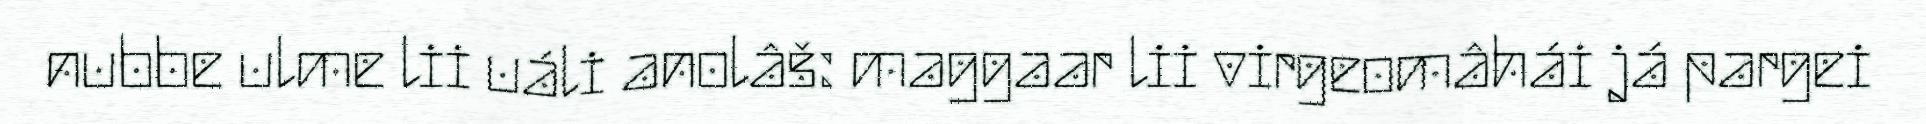
nubbe ulme lii uáli anolâš: maggaar lii virgeomâhái já pargei